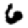
Digit: 6